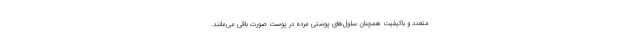
متعدد و باکیفیت همچنان سلول‌های پوستی مرده در پوست صورت باقی می‌مانند.